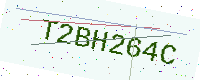
Text: T2BH264C